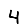
Digit: 4